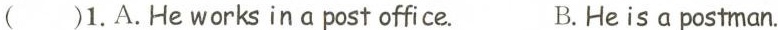
( )1.A.He works in post office. B.He is postman.